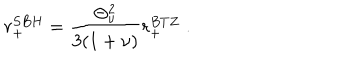
LaTeX: r _ { + } ^ { S B H } = \frac { \Theta _ { \nu } ^ { 2 } } { 3 ( 1 + \nu ) } r _ { + } ^ { B T Z } \; .